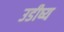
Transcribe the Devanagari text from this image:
उडीष्य